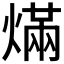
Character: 𰟓